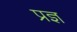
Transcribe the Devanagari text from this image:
प्रज्ञ